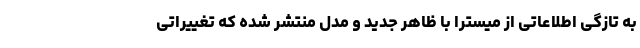
به تازگی اطلاعاتی از میسترا با ظاهر جدید و مدل منتشر شده که تغییراتی